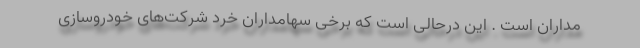
مداران است . این درحالی است که برخی سهامداران خُرد شرکت‌های خودروسازی